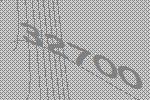
32700